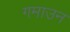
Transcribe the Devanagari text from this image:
गमाउन